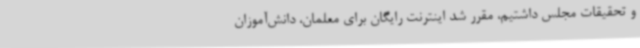
و تحقیقات مجلس داشتیم، مقرر شد اینترنت رایگان برای معلمان، دانش‌آموزان